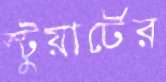
স্টুয়ার্টের